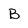
Character: B